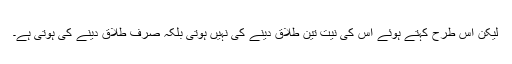
لیکن اس طرح کہتے ہوئے اس کی نیت تین طلاق دینے کی نہیں ہوتی بلکہ صرف طلاق دینے کی ہوتی ہے۔